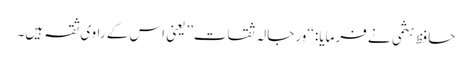
حافظ ہثمی نے فرمایا: ‘‘ورجالہ ثقات’’یعنی اس کے راوی ثقہ ہیں۔